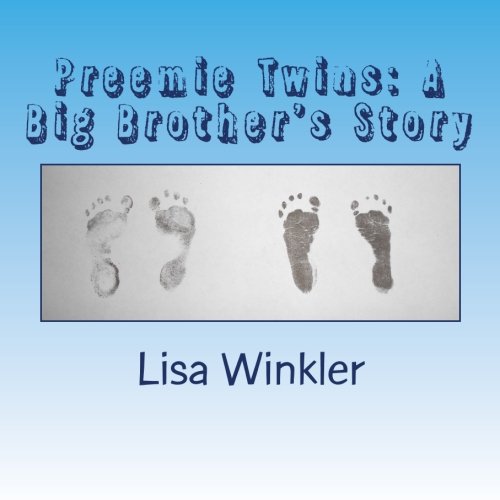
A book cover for Preemie Twins: A Big Brother's Story; Lisa A. Winkler; Parenting & Relationships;